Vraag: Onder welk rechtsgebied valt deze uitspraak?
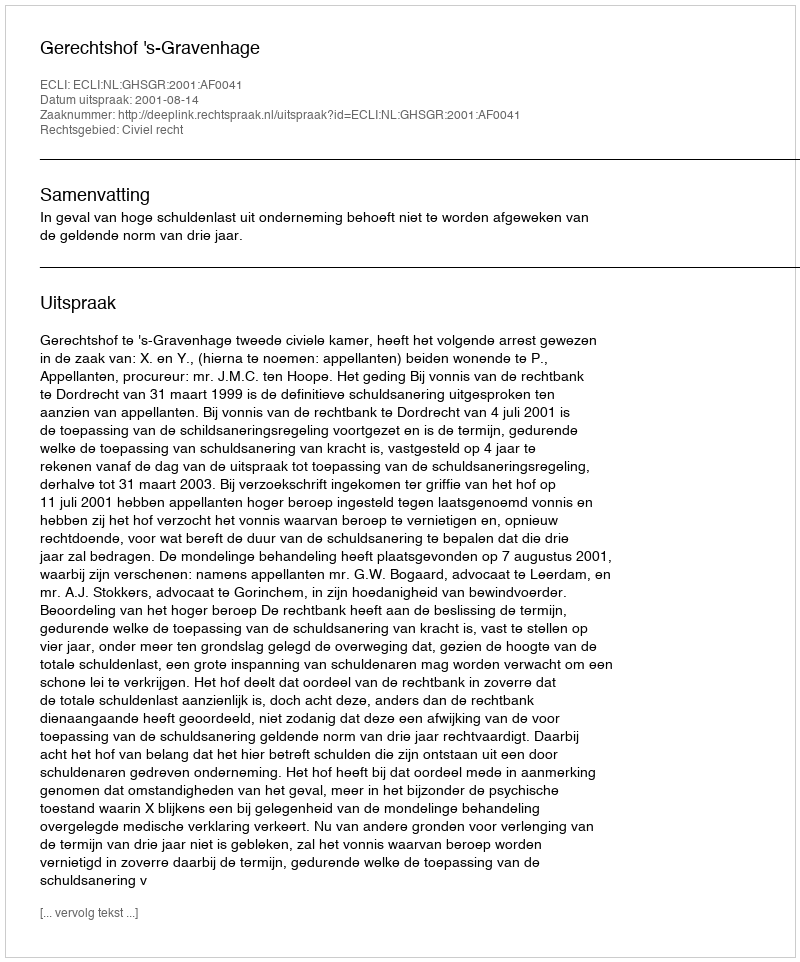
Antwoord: Civiel recht